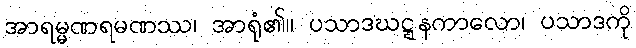
အာရမ္မဏရမဏဿ၊ အာရုံ၏။ ပသာဒဃဋ္ဋနကာလော၊ ပသာဒကို